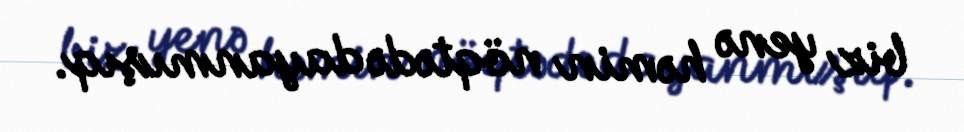
biz yenə həmin nöqtədə dayanmışıq.